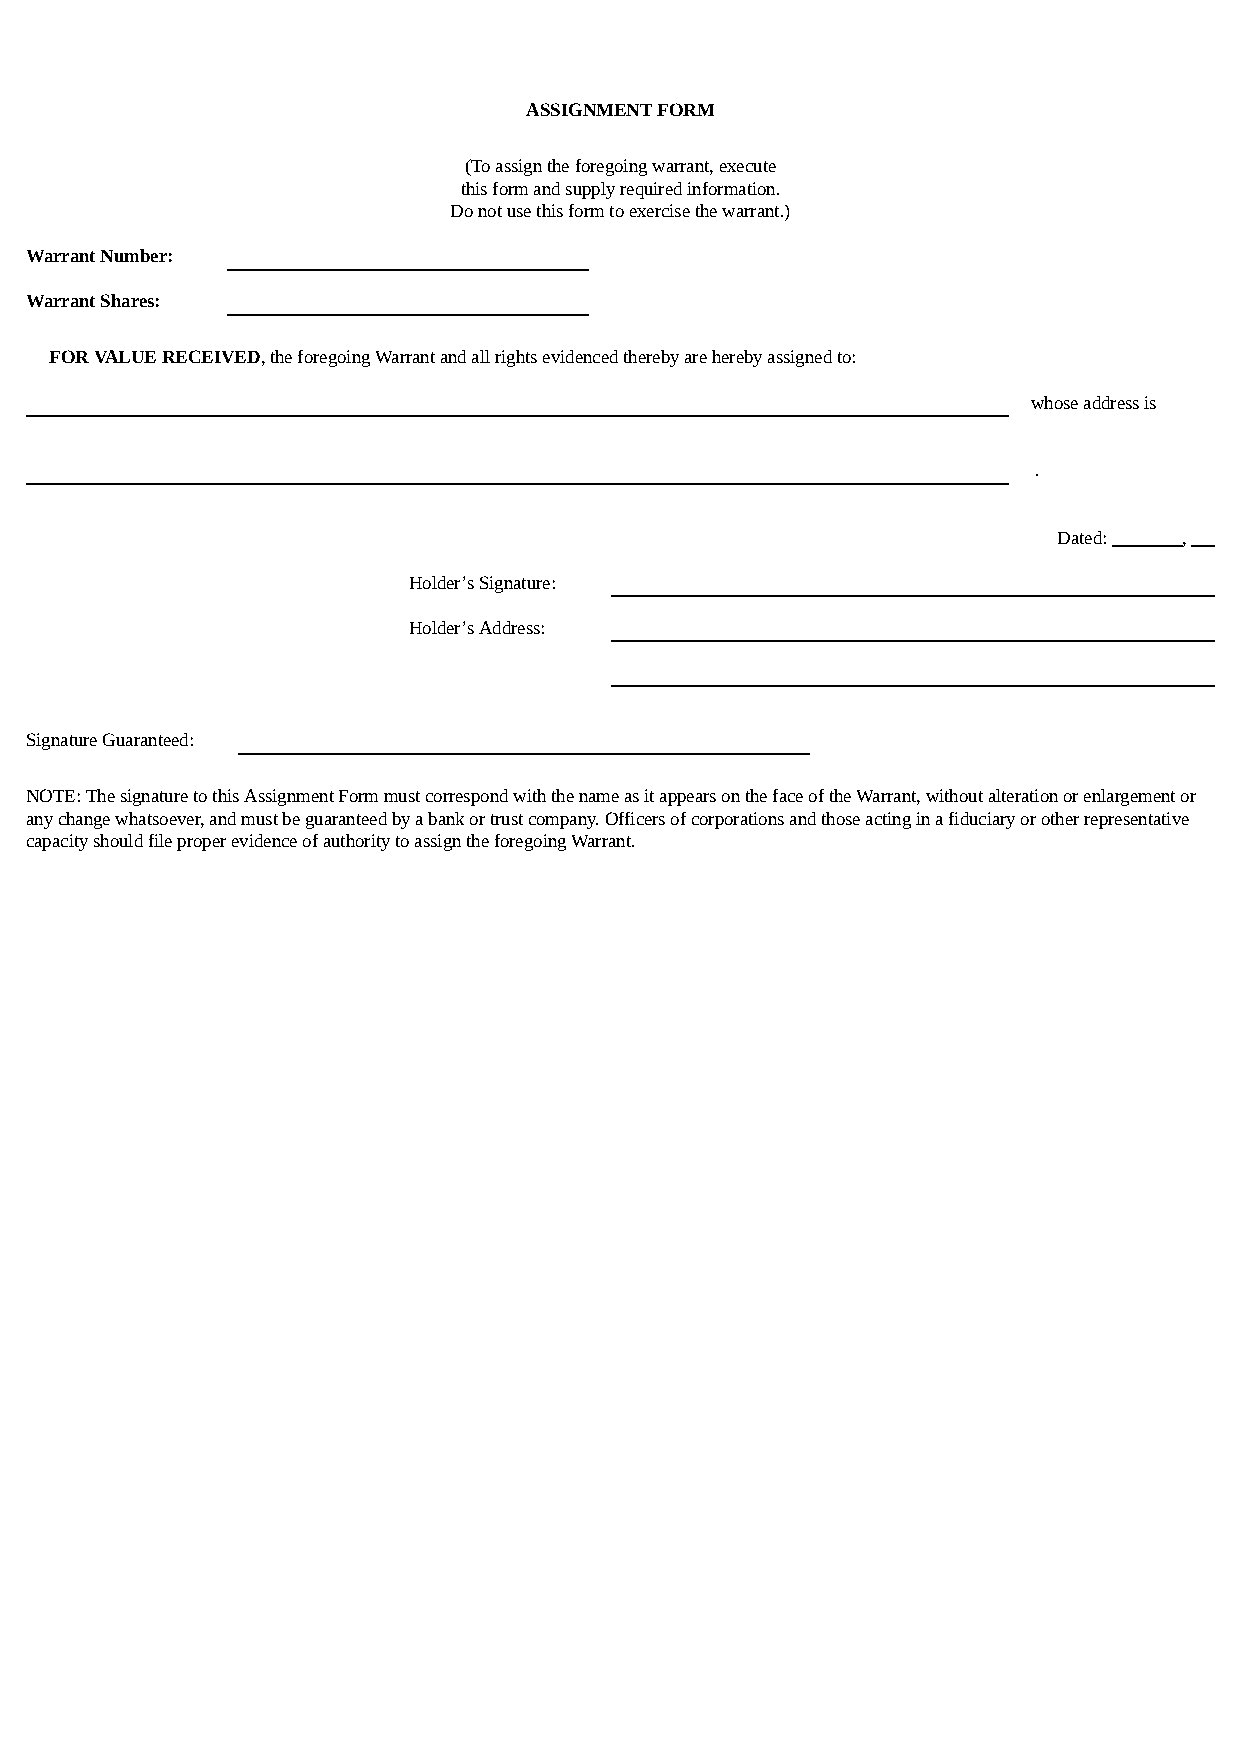
ASSIGNMENT FORM
 (To assign the foregoing warrant, execute
 this form and supply required information.
 Do not use this form to exercise the warrant.)
 Warrant Number:
 Warrant Shares:
 FOR VALUE RECEIVED, the foregoing Warrant and all rights evidenced thereby are hereby assigned to:
 whose address is
 .
 Dated:  ,
 Holder’s Signature:
 Holder’s Address:
 Signature Guaranteed:
 NOTE: The signature to this Assignment Form must correspond with the name as it appears on the face of the Warrant, without alteration or enlargement or
 any change whatsoever, and must be guaranteed by a bank or trust company. Officers of corporations and those acting in a fiduciary or other representative
 capacity should file proper evidence of authority to assign the foregoing Warrant.